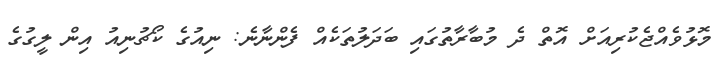
މޮޅުވެއްޖެކުރިއަށް އޮތް ދެ މުބާރާތުގައި ބަދަލުތަކެއް ފެންނާނެ: ނިއުގެ ކޯޗުނިއު އިން ލީގުގެ